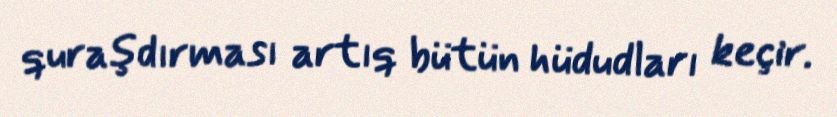
quraşdırması artıq bütün hüdudları keçir.